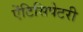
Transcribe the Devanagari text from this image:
ऐंटिसिपेटरी